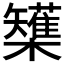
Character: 𭬷